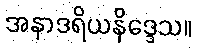
အနာဒရိယနိဒ္ဒေသ။